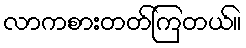
လာကစားတတ်ကြတယ်။